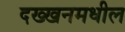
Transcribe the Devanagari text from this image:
दख्खनमधील